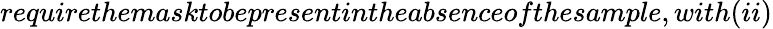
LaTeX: requirethemasktobepresentintheabsenceofthesample,with(ii)